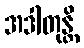
အဒါတုန္တိ